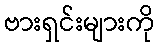
ဗားရှင်းများကို